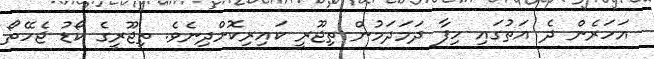
އަހަރެން ދެ އަތުގައި ހިފާ ދަމަދަމުން ތިޖޫރީ ކައިރިކޮށްދިނެވެ. ތިޖޫރީގެ ކޯޑު ޖެހޭތޯ